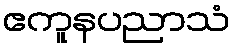
ဧကူနပညာသံ